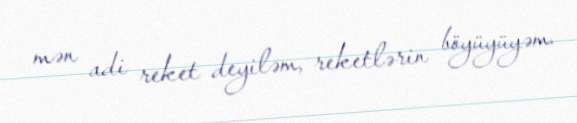
mən adi reket deyiləm, reketlərin böyüyüyəm.